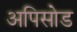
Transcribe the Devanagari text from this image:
अपिसोड